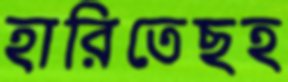
হারিতেছহ